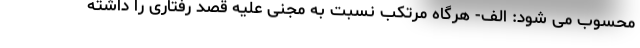
محسوب می شود: الف- هرگاه مرتکب نسبت به مجنی علیه قصد رفتاری را داشته